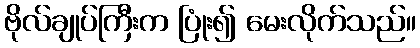
ဗိုလ်ချုပ်ကြီးက ပြုံး၍ မေးလိုက်သည်။